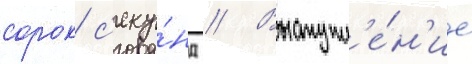
сорок с'еку́нд // Выступл'е́н'ие